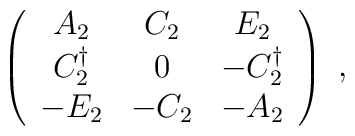
\left( \begin{array}{ccc}            A_2      &  C_2  &      E_2 \\         C_2^\dagger &   0   & - C_2^\dagger \\           - E_2     & - C_2 &     - A_2        \end{array} \right)~,